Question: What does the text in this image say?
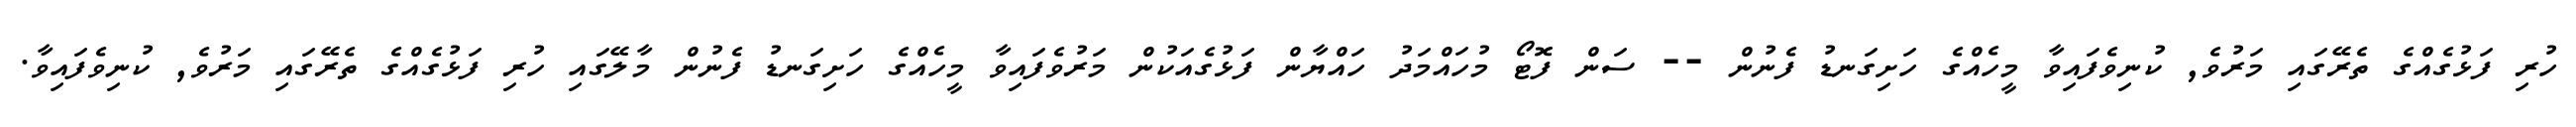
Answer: ހުރި ފަޅުގެއްގެ ތެރޭގައި މަރުވެ, ކުނިވެފައިވާ މީހެއްގެ ހަށިގަނޑު ފެނުން -- ސަން ފޮޓޯ މުހައްމަދު ހައްޔާން ފަޅުގެއަކުން މަރުވެފައިވާ މީހެއްގެ ހަށިގަނޑު ފެނުން މާލޭގައި ހުރި ފަޅުގެއްގެ ތެރޭގައި މަރުވެ, ކުނިވެފައިވާ.